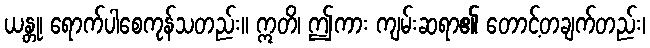
ယန္တု၊ ရောက်ပါစေကုန်သတည်း။ ဣတိ၊ ဤကား ကျမ်းဆရာ၏ တောင့်တချက်တည်း၊